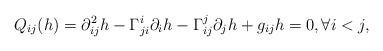
LaTeX: \begin{align*} Q_{ij}(h)=\partial^2_{ij}h-\Gamma_{ji}^i\partial_ih-\Gamma_{ij}^j\partial_jh+g_{ij}h=0, \forall i< j, \end{align*}